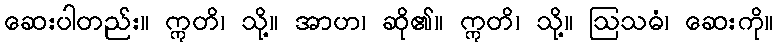
ဆေးပါတည်း။ ဣတိ၊ သို့။ အာဟ၊ ဆို၏။ ဣတိ၊ သို့။ ဩသဓံ၊ ဆေးကို။